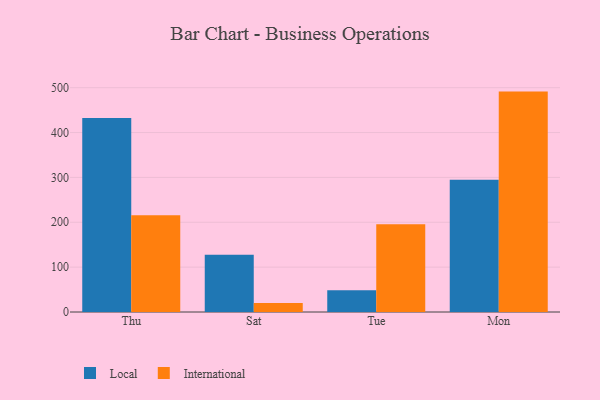
{"axis": {"x": "Day", "y": "Gross Profit (USD K)"}, "legend": ["International", "Local"], "data": [{"x": "Thu", "y": 432.6, "type": "Local"}, {"x": "Thu", "y": 215.6, "type": "International"}, {"x": "Sat", "y": 127.5, "type": "Local"}, {"x": "Sat", "y": 20.1, "type": "International"}, {"x": "Tue", "y": 48.6, "type": "Local"}, {"x": "Tue", "y": 195.4, "type": "International"}, {"x": "Mon", "y": 294.8, "type": "Local"}, {"x": "Mon", "y": 491.3, "type": "International"}]}